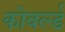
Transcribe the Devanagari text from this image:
कोवर्ल्ड